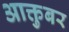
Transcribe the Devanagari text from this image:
आक्तुबर